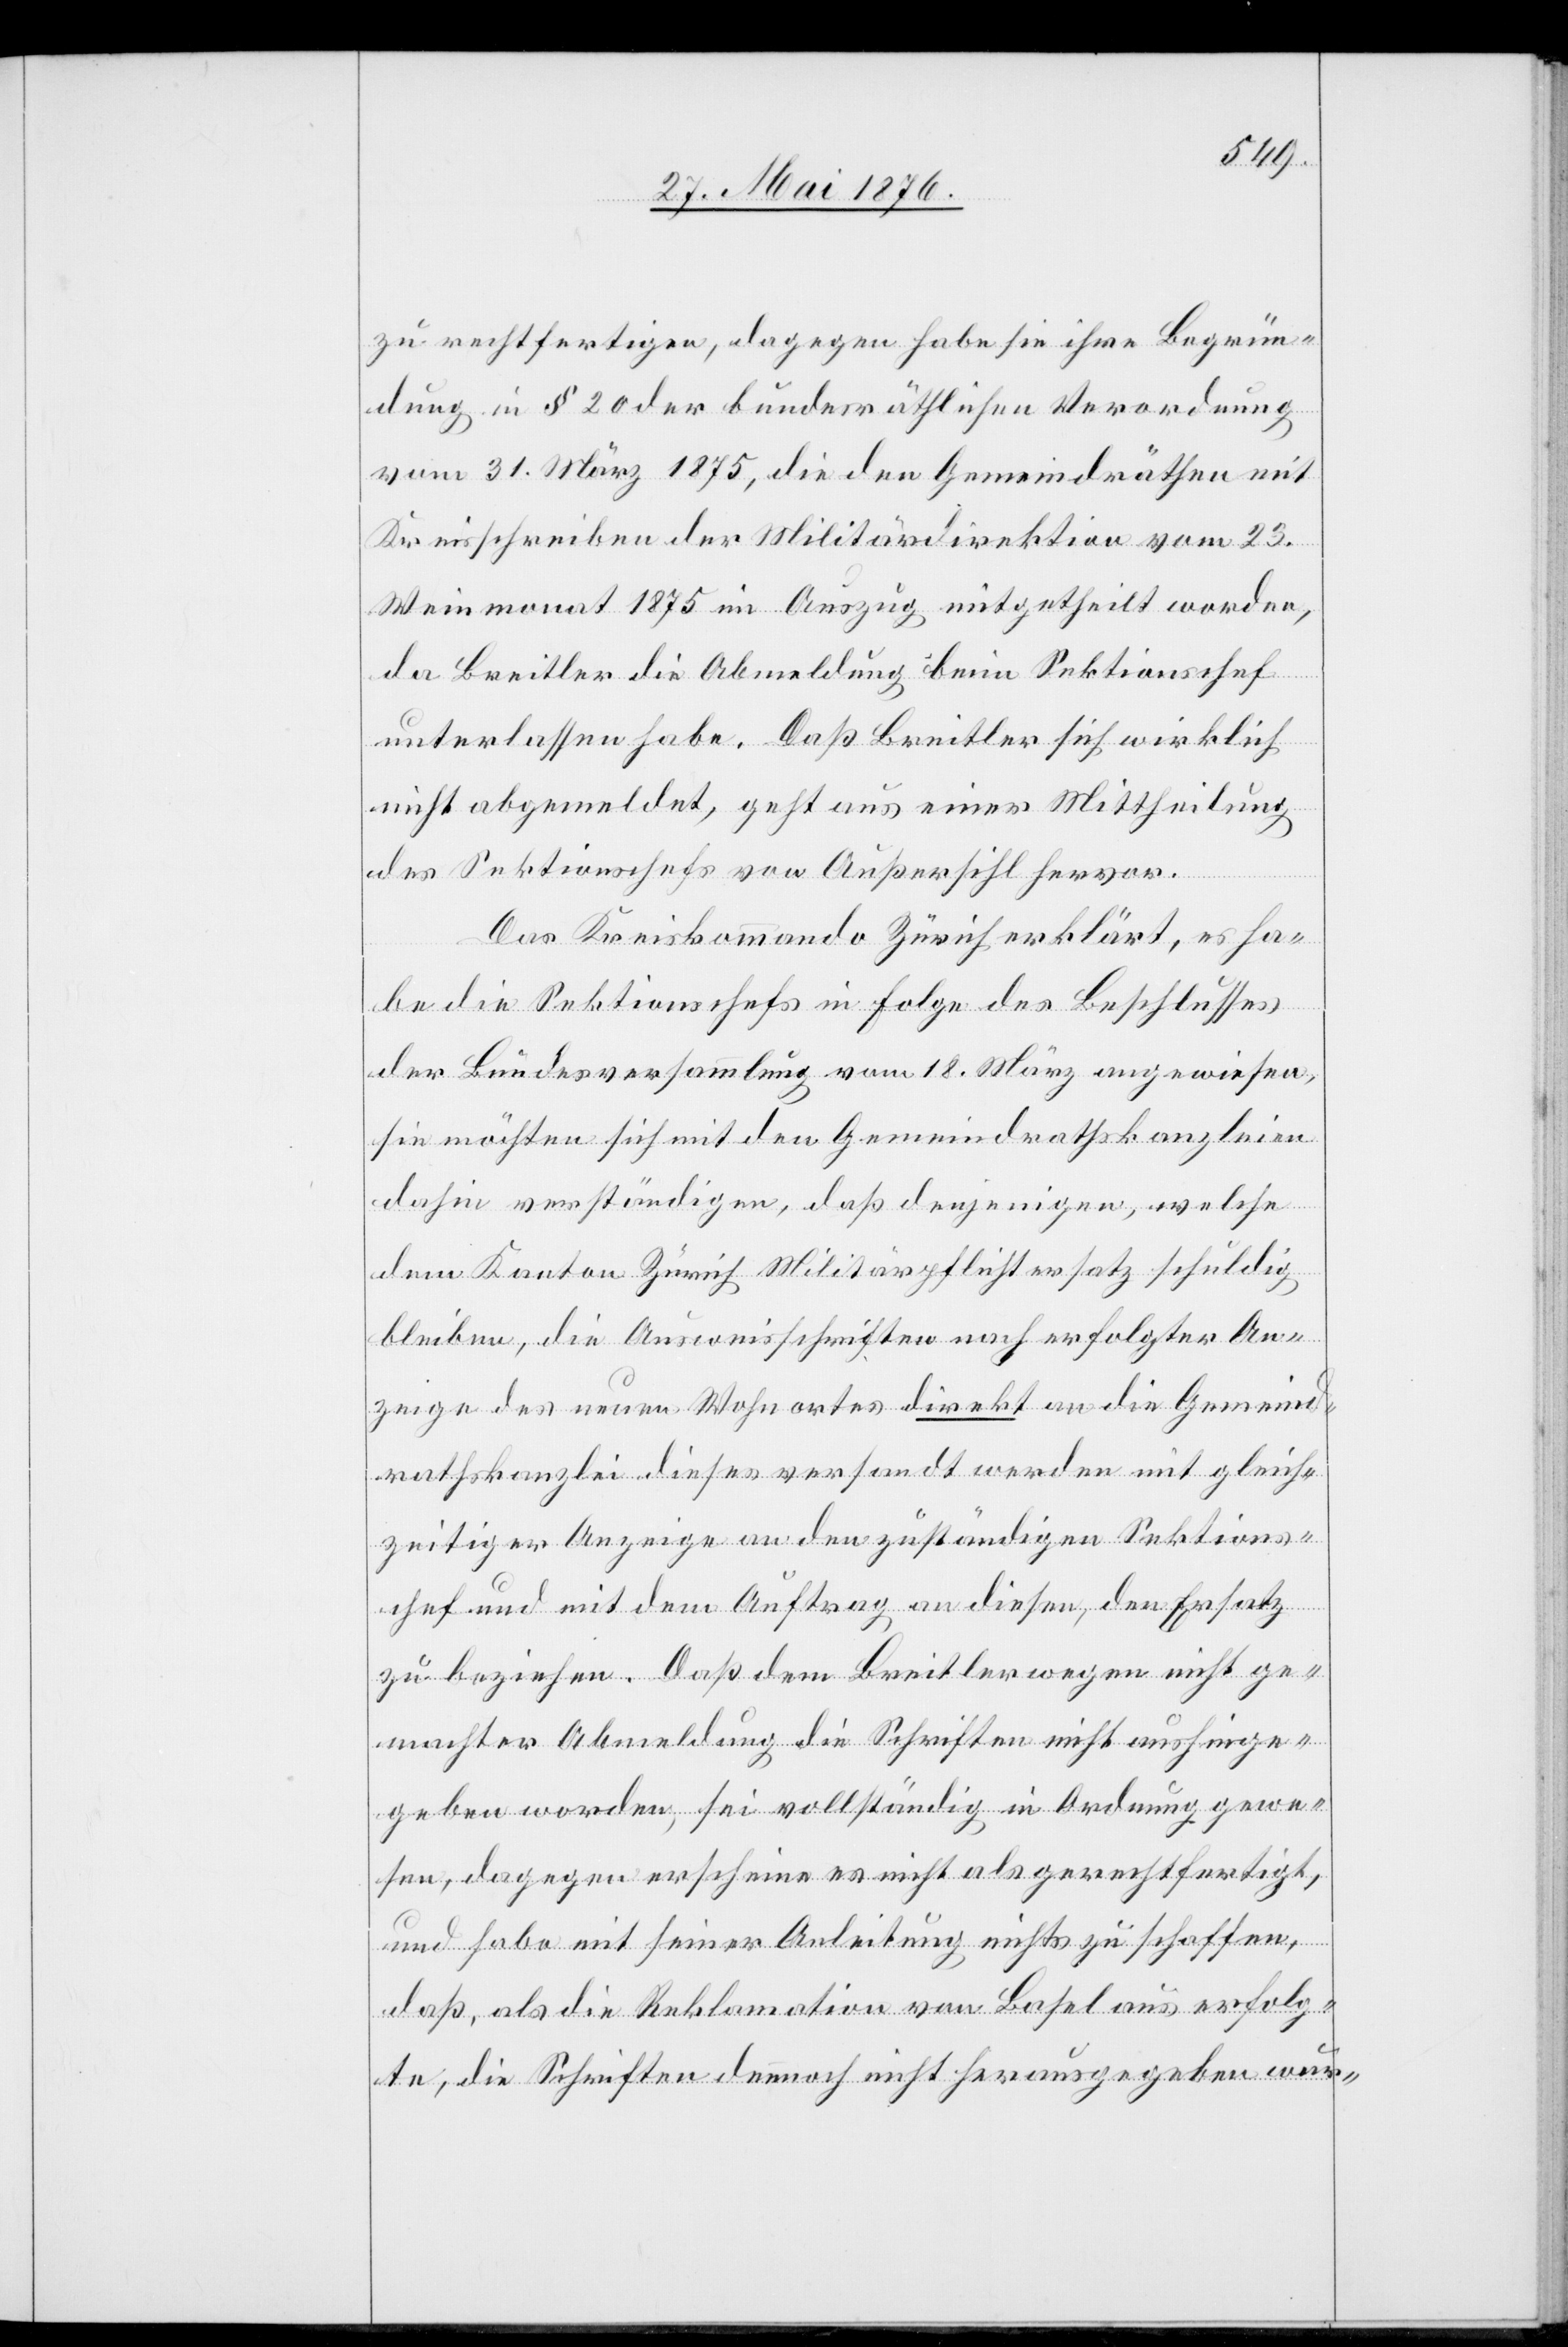
zu rechtfertigen, dagegen habe sie ihre Begrün¬
dung in § 20 der bundesräthlichen Verordnung
vom 31. März 1875, die den Gemeindräthen mit
Kreisschreiben der Militärdepartement vom 23.
Weinmonat 1875 im Auszug mitgetheilt worden,
da Breitler die Abmeldung beim Sektionschef
unterlassen habe. Daß Breitler sich wirklich
nicht abgemeldet, geht aus einer Mittheilung
des Sektionschefs von Außersihl hervor.
Das Kreiskommando Zürich erklärt, es ha¬
be die Sektionschefs in Folge des Beschlusses
der Bundesversammlung vom 18. März angewiesen,
sie möchten sich mit den Gemeindrathskanzleien
dahin verständigen, daß denjenigen, welche
dem Kanton Zürich Militärpflichtersatz schuldig
bleiben, die Ausweisschriften nach erfolgter An¬
zeige des neuen Wohnortes direkt an die Gemeind¬
rathskanzlei dieses versandt werden mit gleich¬
zeitiger Anzeige an den zuständigen Sektions¬
chef und mit dem Auftrag an diesen, den Ersatz
zu beziehen. Daß dem Breitler wegen nicht ge¬
machter Abmeldung die Schriften nicht aushinge¬
geben worden, sei vollständig in Ordnung gewe¬
sen, dagegen erschiene es nicht als gerechtfertigt,
und habe mit seiner Anleitung nichts zu schaffen,
daß, als die Reklamation von Basel aus erfolg¬
te, die Schriften dennoch nicht herausgegeben wur-